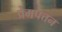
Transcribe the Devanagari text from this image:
प्रेमपत्तन